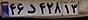
۴۶د۴۲۸۱۳